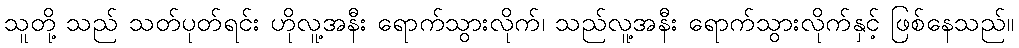
သူတို့ သည် သတ်ပုတ်ရင်း ဟိုလူ့အနီး ရောက်သွားလိုက်၊ သည်လူ့အနီး ရောက်သွားလိုက်နှင့် ဖြစ်နေသည်။